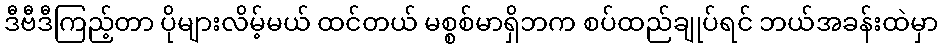
ဒီဗီဒီကြည့်တာ ပိုများလိမ့်မယ် ထင်တယ် မစ္စစ်မာရှိဘက စပ်ထည်ချုပ်ရင် ဘယ်အခန်းထဲမှာ